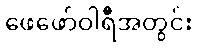
ဖေဖော်ဝါရီအတွင်း